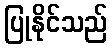
ပြုနိုင်သည်